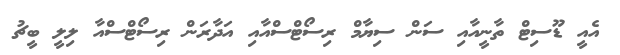
އެއީ ޑޫސިޓް ތާނީއާއި ސަން ސިޔާމް ރިސޯޓްސްއާއި އަދާރަން ރިސޯޓްސްއާ ލިލީ ބީޗު